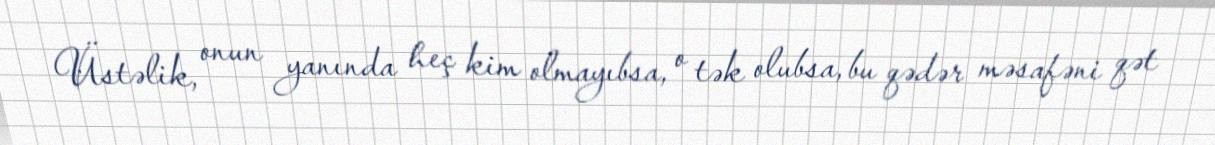
Üstəlik, onun yanında heç kim olmayıbsa, o tək olubsa, bu qədər məsafəni qət